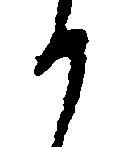
か